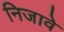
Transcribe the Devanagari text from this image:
निजावे